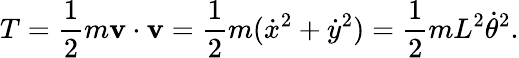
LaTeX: T={\frac{1}{2}}m\mathbf{v}\cdot\mathbf{v}={\frac{1}{2}}m({\dot{x}}^{2}+{\dot{y}}^{2})={\frac{1}{2}}mL^{2}{\dot{\theta}}^{2}.